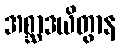
အစ္ဆာဒယိတွာန